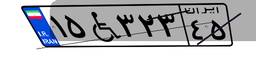
۱۵W۳۲۳۴۵